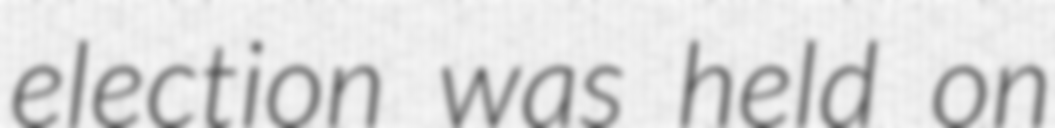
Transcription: election was held on